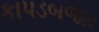
કાપડબજાર